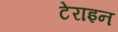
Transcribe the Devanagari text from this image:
टेराइन